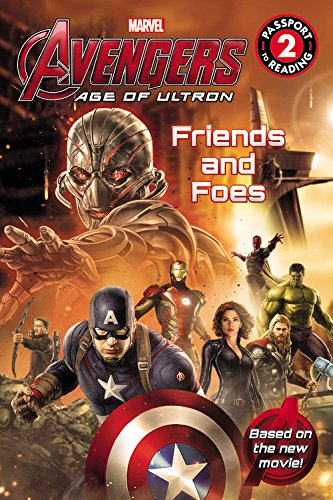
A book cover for Marvel's Avengers: Age of Ultron: Friends and Foes (Passport to Reading); Tomas Palacios; Children's Books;